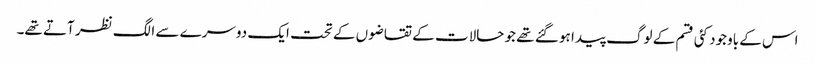
اس کے باوجود کئی قسم کے لوگ پیدا ہو گئے تھے جو حالات کے تقاضوں کے تحت ایک دوسرے سے الگ نظر آتے تھے۔